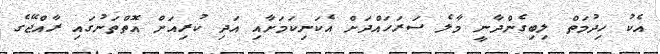
އެކު ހިދުމަތް ލިބިގެންދާނީ މާލެ ސަރަހައްދަށް އެކަނިކަމަށާއި އަދި ކުރިއަށް އޮތްތަނުގައި ރާއްޖޭގެ